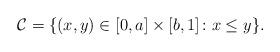
LaTeX: \begin{align*}\mathcal{C} = \{(x,y) \in [0,a] \times [b,1] \colon x \le y\}.\end{align*}